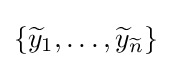
\{{\widetilde {y}}_{1},\ldots ,{\widetilde {y}}_{\widetilde {n}}\}